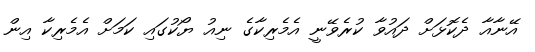
އޭނާއާ ދެކޮޅަށް ދައުވާ ކުރެވޭނީ އެމެރިކާގެ ނިއު ޔޯކުގައި ކަމަށް އެމެރިކާ އިން